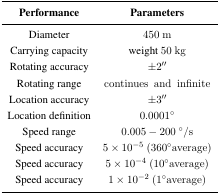
<table><thead><tr><td><b>Performance</b></td><td><b>Parameters</b></td></tr></thead><tbody><tr><td>Diameter</td><td>450 m</td></tr><tr><td>Carrying capacity</td><td>weight 50 kg</td></tr><tr><td>Rotating accuracy</td><td>±2′′</td></tr><tr><td>Rotating range</td><td>continues and infinite</td></tr><tr><td>Location accuracy</td><td>±3′′</td></tr><tr><td>Location definition</td><td>0.0001°</td></tr><tr><td>Speed range</td><td>0.005 - 200 °/s</td></tr><tr><td>Speed accuracy</td><td>5 × 10<sup>-5</sup> (360°average)</td></tr><tr><td>Speed accuracy</td><td>5 × 10<sup>-4</sup> (10°average)</td></tr><tr><td>Speed accuracy</td><td>1 × 10<sup>-2</sup> (l°average)</td></tr></tbody></table>